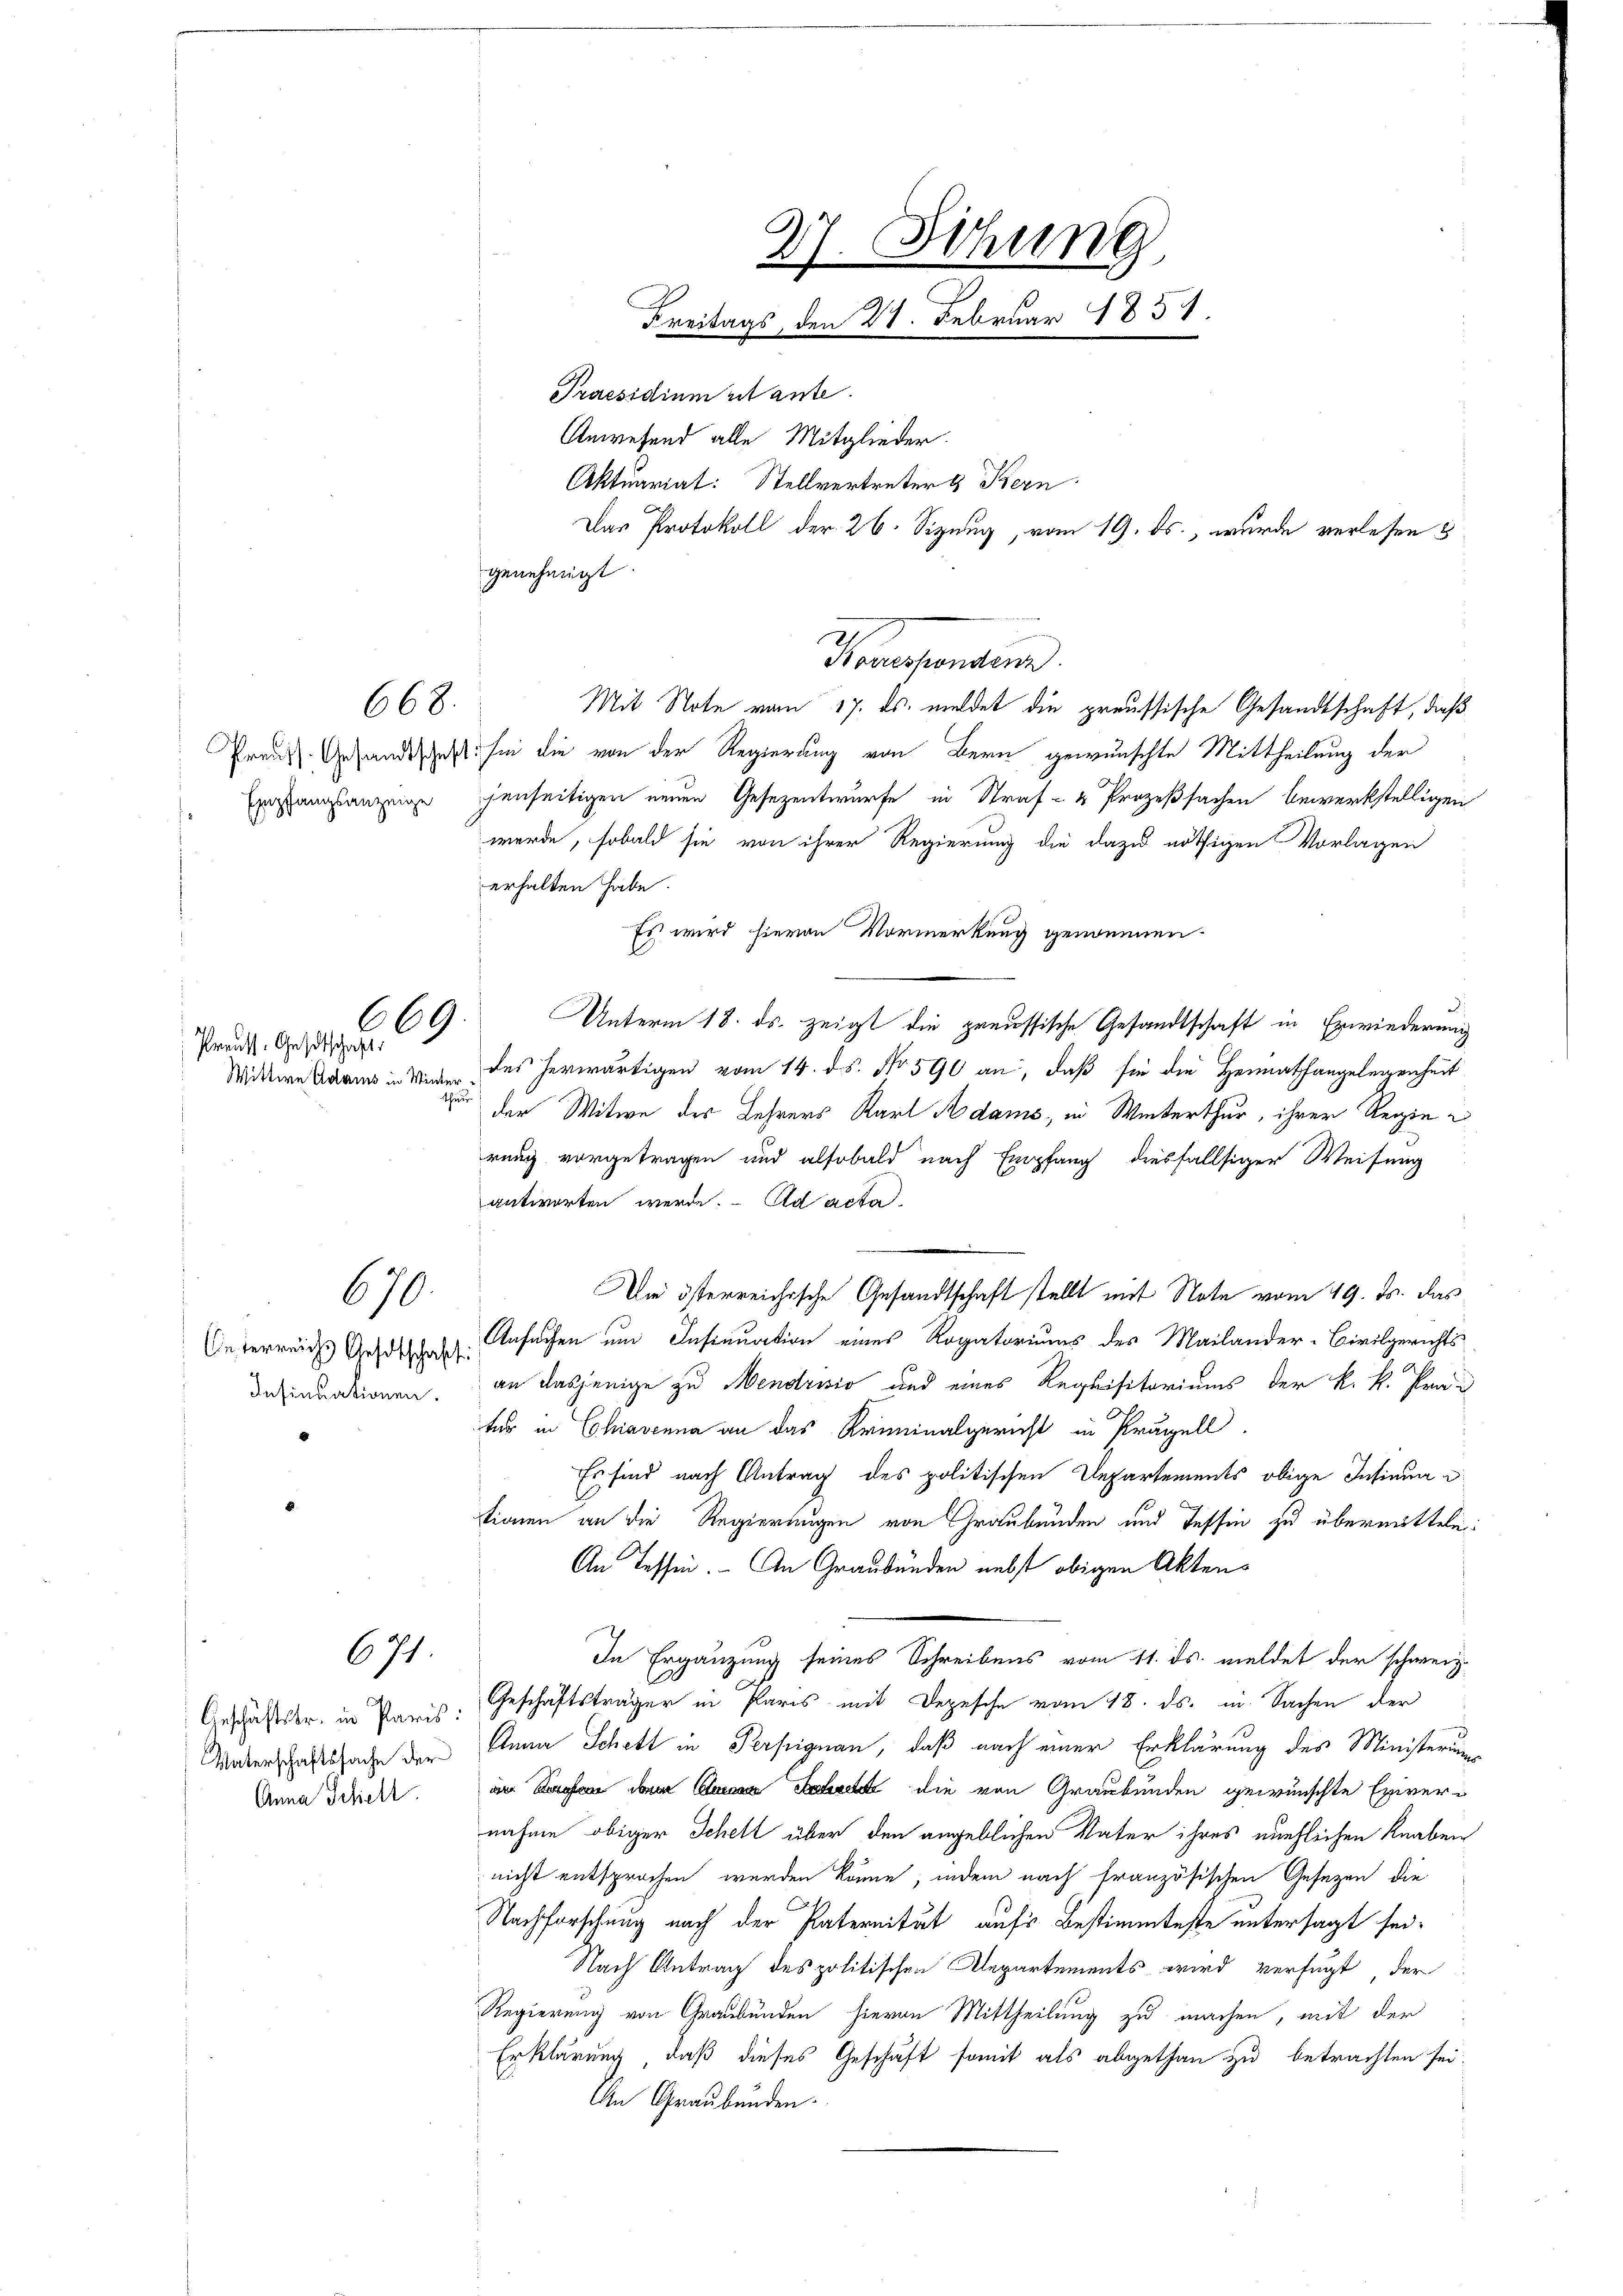
Preuss. Gestschaft:

668.

Empfangsanzeige

669.

670.
Ce terreichs Gesetschaft

Insinuationen.

671.

Vaterschaftssache der
Anna Schielt.

Wittwe Adams in Winterthun

Mit Note vom 17. ds. meldet die preussische Gesandtschaft, daß
Preiss Gesandtschaftlichen die von der Regierung von Bern gewünschte Mittheilung der
jenseitigen neuen Gesezentwurfe in Straf- & Prozeßsachen bewerkstelligen
werde, sobald sie von ihrer Regierung die dazu nöthigen Vorlagen
erhalten habe.
Es wird hievon Vormerkung genommen.
Unterm 18. ds. zeigt die preussische Gesandtschaft in Erwiederung
des herwärtigen vom 14. ds. No 590 an, daß sie die Heimathangelegenheit
der Witwe der Lehrers Karl Adams, in Winterthur, ihrer Regiereng vorgetragen und alsobald nach Empfang diesfallsiger Weisung
antworten werde. Ad acta
Di österreichische Gesandtschaft stellt mit Note vom 19. ds. das
Ansuchen um Insinuation eines Rogatoriums des Mailander-Civilgerichts
an dasjenige zu Mendrvio und eines Requisitoriums der k. k. Präfür in Chiavenna an das Kriminalgericht in Präpell.
Es sind nach Antrag des politischen Departements obige Insinuationen an die Regierungen von Graubünden und Tessin zu übermitteln:
An Tessin. An Graubünden nebst obigen Akten¬
In Ergänzung seines Schreibens vom 11. ds. meldet der schweiz.
Geschäftstr. in Paris. Geschäftsträger in Paris mit Depesche vom 18. ds. in Sachen der
Anna Schett in Perfignau, daß nach einer Erklärung des Ministerums
am Tage dann   die von Graubünden gewünschte Exiver-
nahme obiger Schell über den angeblichen Vater ihres euchlichen Knaben
nicht entsprochen werden könne, indem nach französischen Gesezen die
Nachforschung nach der Paternität aufs Bestimmteste untersagt sei.
Nach Antrag des politischen Alepartements wird verfügt der
Regierung von Graubünden hievon Mittheilung zu machen, mit der
Erklärung, daß dieses Geschäft somit als abgethan zu betrachten sei.
An Graubünden.

Praesidium stante.
Anwesend alle Mitglieder.
Aktuariat: Stellvertreter & Kern
genehmigt.

27. Sitzung
Freitags, den 21. Februar 1851.

Das Protokoll der 26. Sizung, vom 19. ds., wurde verlesen s

Praesenden